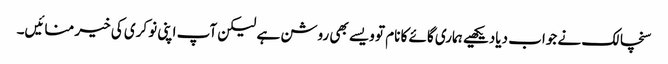
سنچالک نے جواب دیادیکھیے ہماری گائے کا نام تو ویسے بھی روشن ہے لیکن آپ اپنی نوکری کی خیر منائیں۔